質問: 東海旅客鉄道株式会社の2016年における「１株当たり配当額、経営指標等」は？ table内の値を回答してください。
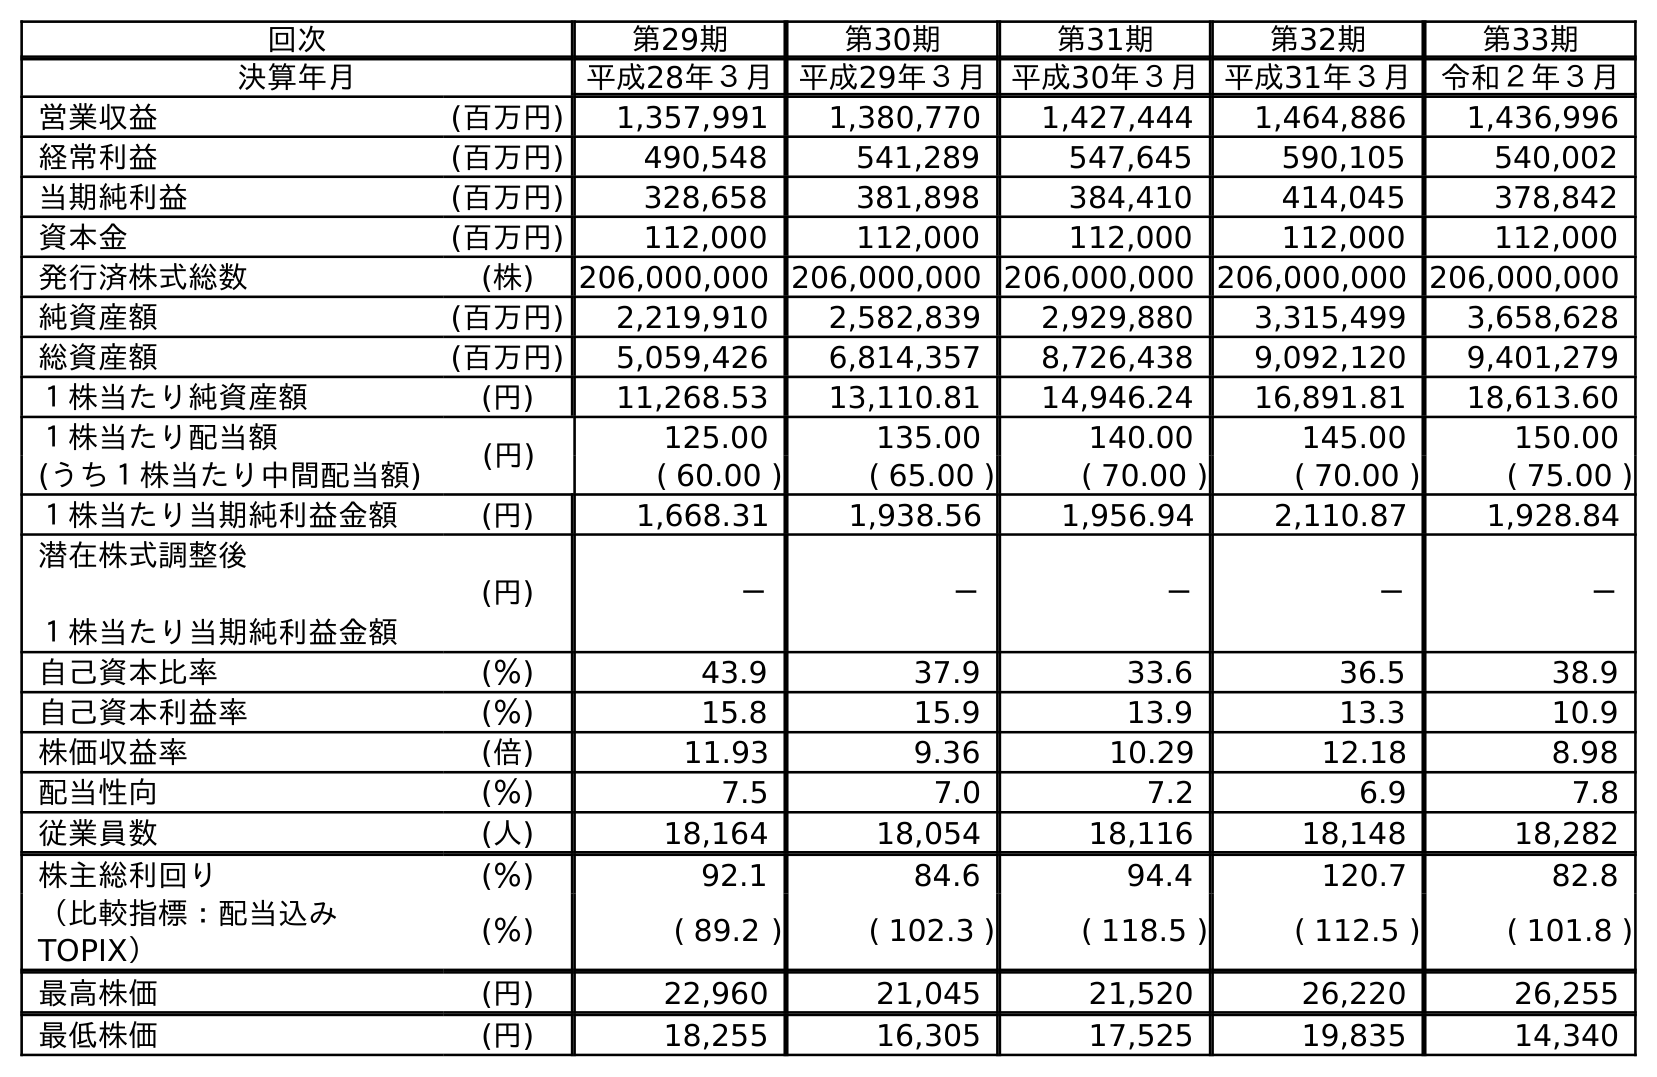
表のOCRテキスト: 回次 第29期 第30期 第31期 第32期 第33期 決算年月 平成28年３月 平成29年３月 平成30年３月 平成31年３月 令和２年３月 営業収益 (百万円) 1,357,991 1,380,770 1,427,444 1,464,886 1,436,996 経常利益 (百万円) 490,548 541,289 547,645 590,105 540,002 当期純利益 (百万円) 328,658 381,898 384,410 414,045 378,842 資本金 (百万円) 112,000 112,000 112,000 112,000 112,000 発行済株式総数 (株) 206,000,000 206,000,000 206,000,000 206,000,000 206,000,000 純資産額 (百万円) 2,219,910 2,582,839 2,929,880 3,315,499 3,658,628 総資産額 (百万円) 5,059,426 6,814,357 8,726,438 9,092,120 9,401,279 １株当たり純資産額 (円) 11,268.53 13,110.81 14,946.24 16,891.81 18,613.60 １株当たり配当額 (円) 125.00 135.00 140.00 145.00 150.00 (うち１株当たり中間配当額) ( 60.00 ) ( 65.00 ) ( 70.00 ) ( 70.00 ) ( 75.00 ) １株当たり当期純利益金額 (円) 1,668.31 1,938.56 1,956.94 2,110.87 1,928.84 潜在株式調整後 １株当たり当期純利益金額 (円) － － － － － 自己資本比率 (％) 43.9 37.9 33.6 36.5 38.9 自己資本利益率 (％) 15.8 15.9 13.9 13.3 10.9 株価収益率 (倍) 11.93 9.36 10.29 12.18 8.98 配当性向 (％) 7.5 7.0 7.2 6.9 7.8 従業員数 (人) 18,164 18,054 18,116 18,148 18,282 株主総利回り (％) 92.1 84.6 94.4 120.7 82.8 （比較指標：配当込み TOPIX） (％) ( 89.2 ) ( 102.3 ) ( 118.5 ) ( 112.5 ) ( 101.8 ) 最高株価 (円) 22,960 21,045 21,520 26,220 26,255 最低株価 (円) 18,255 16,305 17,525 19,835 14,340
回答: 125.00